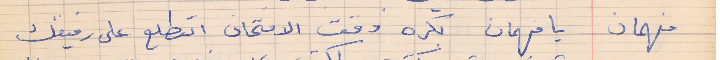
فهمان    يا فهمان بكره وقت الامتحان اتطلع على رفيقك